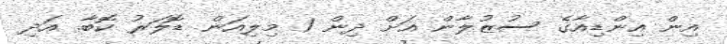
އިން އިންޑިއާގެ ސުޒުލާން އަށް ދިން 1 މިލިއަން ޑޮލަރު ކޮބާ. އަދި